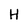
Character: H